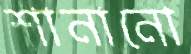
শানানো